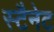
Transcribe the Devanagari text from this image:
स्टैनेट